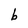
Character: b